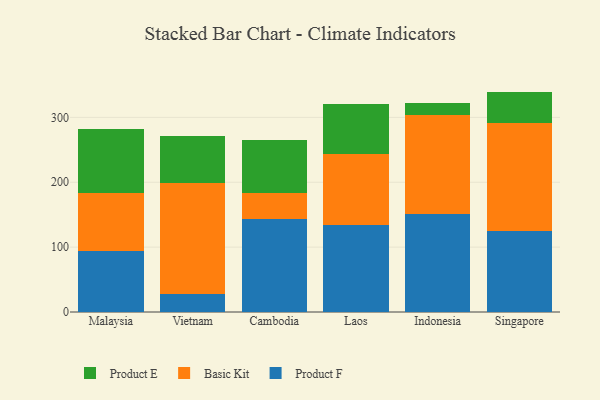
{"axis": {"x": "Country", "y": "Tickets Resolved"}, "legend": ["Basic Kit", "Product E", "Product F"], "data": [{"x": "Malaysia", "y": 93.6, "type": "Product F"}, {"x": "Malaysia", "y": 90.1, "type": "Basic Kit"}, {"x": "Malaysia", "y": 97.8, "type": "Product E"}, {"x": "Vietnam", "y": 27.6, "type": "Product F"}, {"x": "Vietnam", "y": 170.6, "type": "Basic Kit"}, {"x": "Vietnam", "y": 72.5, "type": "Product E"}, {"x": "Cambodia", "y": 143.9, "type": "Product F"}, {"x": "Cambodia", "y": 38.8, "type": "Basic Kit"}, {"x": "Cambodia", "y": 82.0, "type": "Product E"}, {"x": "Laos", "y": 134.8, "type": "Product F"}, {"x": "Laos", "y": 108.6, "type": "Basic Kit"}, {"x": "Laos", "y": 77.1, "type": "Product E"}, {"x": "Indonesia", "y": 150.4, "type": "Product F"}, {"x": "Indonesia", "y": 154.0, "type": "Basic Kit"}, {"x": "Indonesia", "y": 18.5, "type": "Product E"}, {"x": "Singapore", "y": 124.3, "type": "Product F"}, {"x": "Singapore", "y": 167.6, "type": "Basic Kit"}, {"x": "Singapore", "y": 47.8, "type": "Product E"}]}